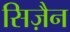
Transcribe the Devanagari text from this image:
सिज़ैन